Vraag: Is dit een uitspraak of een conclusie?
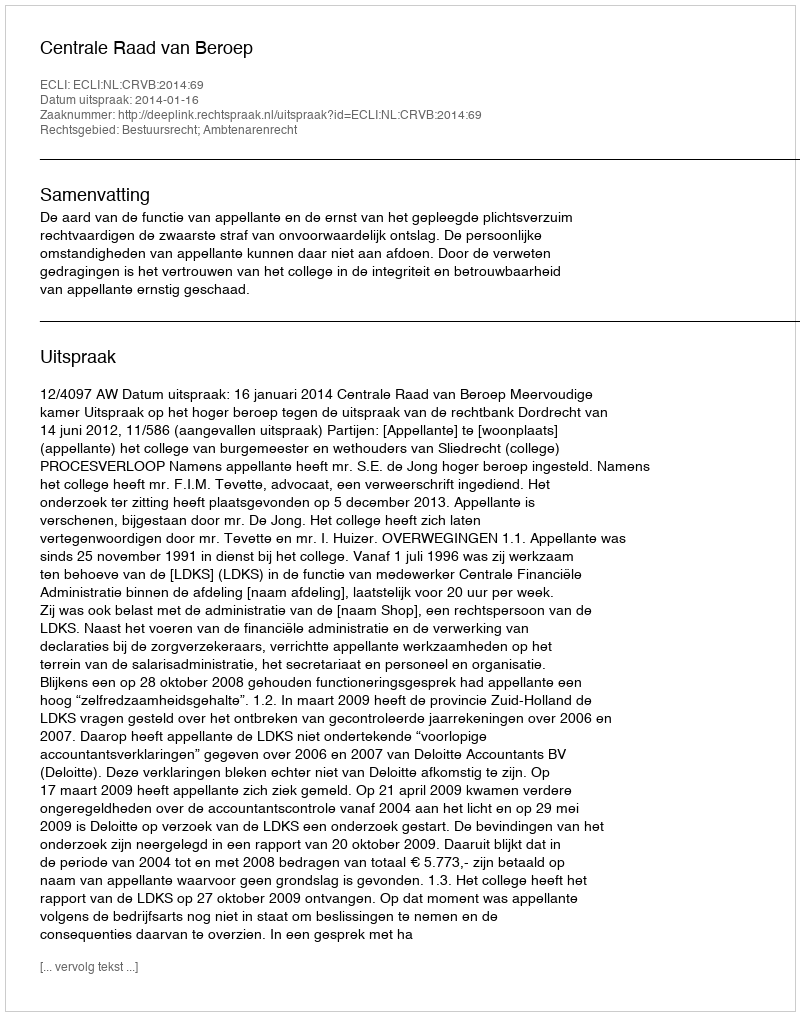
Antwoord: Uitspraak